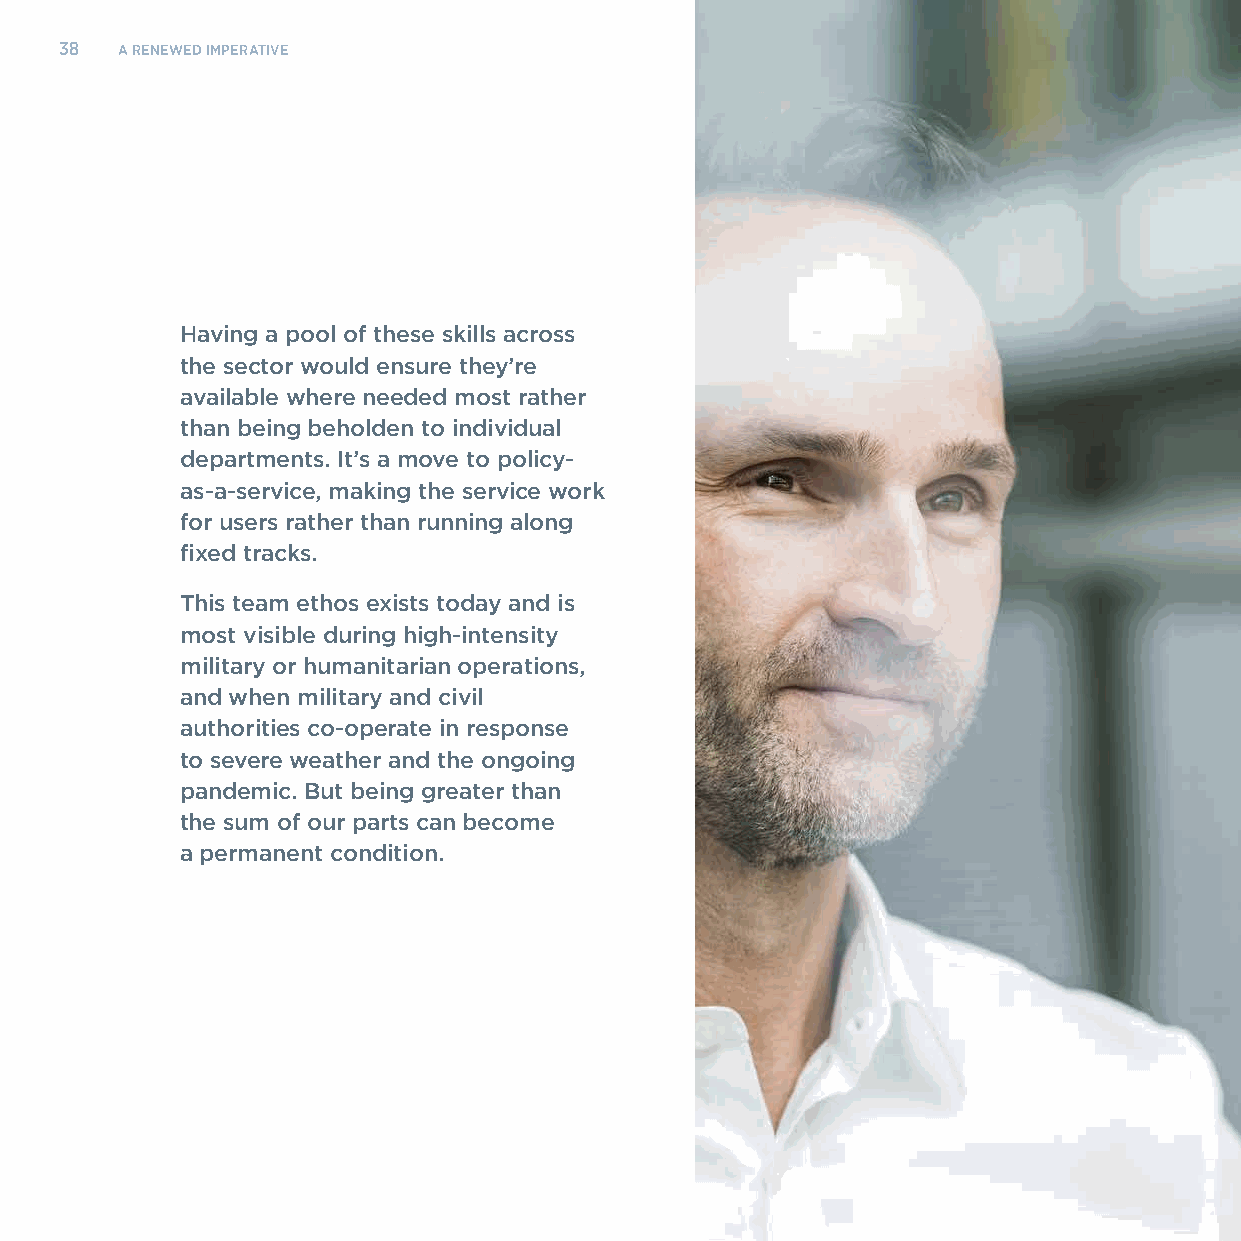
38  A RENEWED IMPERATIVE
 Having a pool of these skills across
 the sector would ensure they’re
 available where needed most rather
 than being beholden to individual
 departments. It’s a move to policy-
 as-a-service, making the service work
 for users rather than running along
 fixed tracks.
 This team ethos exists today and is
 most visible during high-intensity
 military or humanitarian operations,
 and when military and civil
 authorities co-operate in response
 to severe weather and the ongoing
 pandemic. But being greater than
 the sum of our parts can become
 a permanent condition.